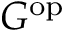
G ^ { \mathrm { o p } }